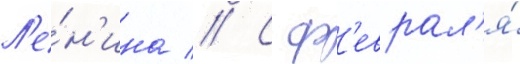
Л'е́н'ина // С ф'еврал'я́